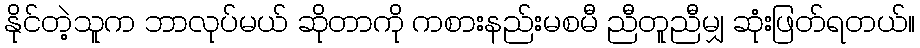
နိုင်တဲ့သူက ဘာလုပ်မယ် ဆိုတာကို ကစားနည်းမစမီ ညီတူညီမျှ ဆုံးဖြတ်ရတယ်။